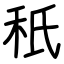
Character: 秖